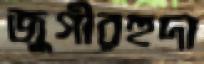
জুগীরহুদা